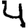
Digit: 4